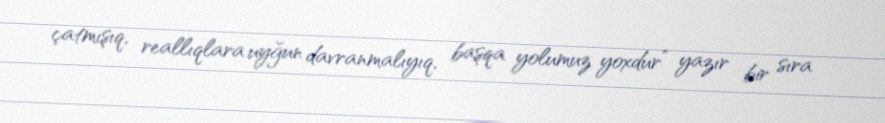
çatmışıq, reallıqlara uyğun davranmalıyıq, başqa yolumuz yoxdur” yazır bir sıra